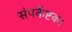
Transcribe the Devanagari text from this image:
संपर्केष्टक।